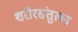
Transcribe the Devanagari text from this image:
शरीरसंतुलन